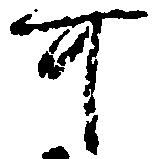
可